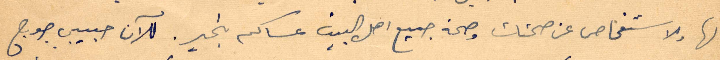
لها ولاسنفحاص عن صحتك وصحة جميع اهل البيت عساكم بخير. للآن حبيبي جورج